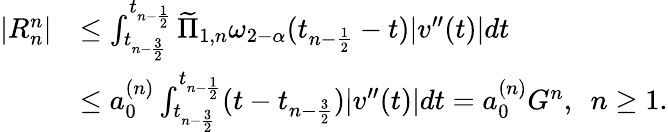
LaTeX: \begin{array}{rl}{|R_{n}^{n}|}&{\le\int_{t_{n-\frac{3}{2}}}^{t_{n-\frac{1}{2}}}\widetilde{\Pi}_{1,n}\omega_{2-\alpha}(t_{n-\frac{1}{2}}-t)|v^{\prime\prime}(t)|dt}\\ &{\le a_{0}^{(n)}\int_{t_{n-\frac{3}{2}}}^{t_{n-\frac{1}{2}}}(t-t_{n-\frac{3}{2}})|v^{\prime\prime}(t)|dt=a_{0}^{(n)}G^{n},~~n\ge 1.}\end{array}